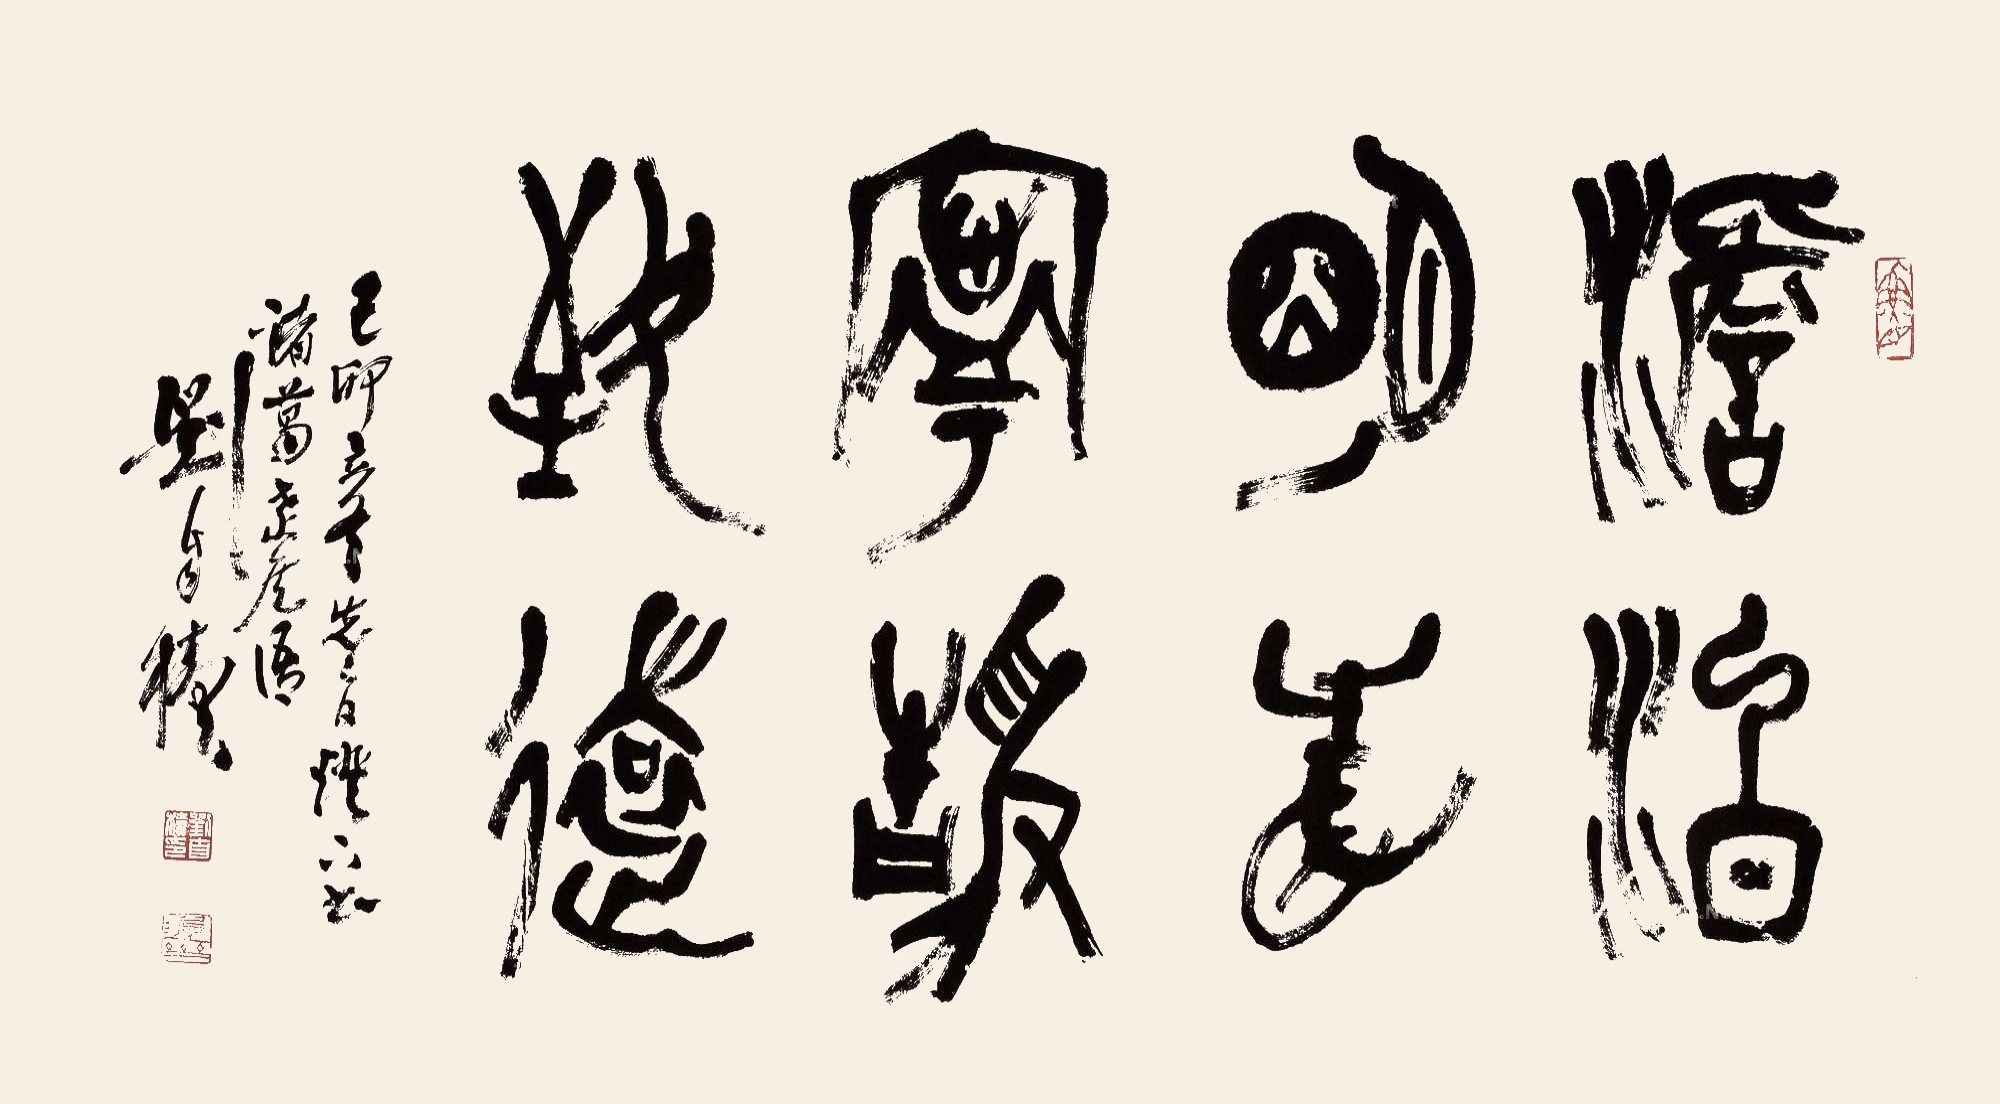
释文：淡泊明志，宁静致远。己卯立冬先二日灯下，书诸葛武侯语，刘自椟。